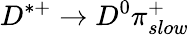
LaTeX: D^{*+}\to D^{0}\pi_{slow}^{+}